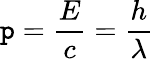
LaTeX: \mathtt{p}={\frac{{E}}{{c}}}={\frac{{h}}{{\lambda}}}